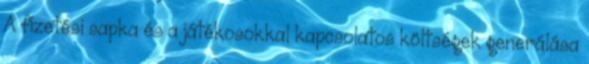
A fizetési sapka és a játékosokkal kapcsolatos költségek generálása